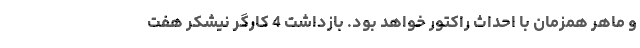
و ماهر همزمان با احداث راکتور خواهد بود. بازداشت 4 کارگر نیشکر هفت